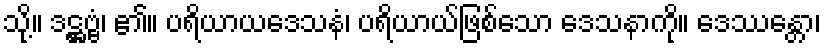
သို့။ ဒဋ္ဌဗ္ဗံ၊ ၏။ ပရိယာယဒေသနံ၊ ပရိယာယ်ဖြစ်သော ဒေသနာကို။ ဒေဿန္တော၊